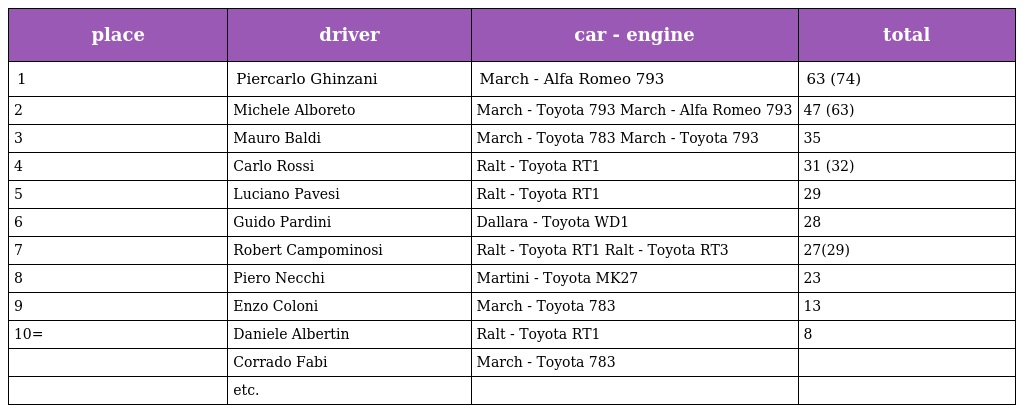
| place | driver | car - engine | total |
 | --- | --- | --- | --- |
 | 1 | Piercarlo Ghinzani | March - Alfa Romeo 793 | 63 (74) |
 | 2 | Michele Alboreto | March - Toyota 793 March - Alfa Romeo 793 | 47 (63) |
 | 3 | Mauro Baldi | March - Toyota 783 March - Toyota 793 | 35 |
 | 4 | Carlo Rossi | Ralt - Toyota RT1 | 31 (32) |
 | 5 | Luciano Pavesi | Ralt - Toyota RT1 | 29 |
 | 6 | Guido Pardini | Dallara - Toyota WD1 | 28 |
 | 7 | Robert Campominosi | Ralt - Toyota RT1 Ralt - Toyota RT3 | 27(29) |
 | 8 | Piero Necchi | Martini - Toyota MK27 | 23 |
 | 9 | Enzo Coloni | March - Toyota 783 | 13 |
 | 10= | Daniele Albertin | Ralt - Toyota RT1 | 8 |
 |  | Corrado Fabi | March - Toyota 783 |  |
 |  | etc. |  |  |